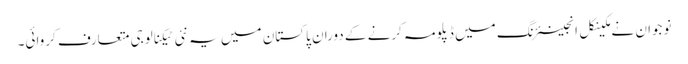
نوجوان نے مکینکل انجینئرنگ میں ڈپلومہ کرنے کے دوران پاکستان میں یہ نئی ٹیکنالوجی متعارف کروائی۔